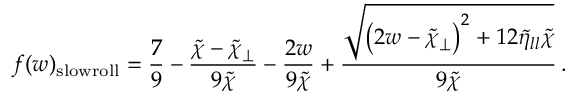
f ( w ) _ { \mathrm { s l o w r o l l } } = \frac { 7 } { 9 } - \frac { \tilde { \chi } - \tilde { \chi } _ { \perp } } { 9 \tilde { \chi } } - \frac { 2 w } { 9 \tilde { \chi } } + \frac { \sqrt { \left( 2 w - \tilde { \chi } _ { \perp } \right) ^ { 2 } + 1 2 \tilde { \eta } _ { l l } \tilde { \chi } } } { 9 \tilde { \chi } } \, .